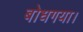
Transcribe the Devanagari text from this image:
बोधगया।